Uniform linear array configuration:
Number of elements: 4
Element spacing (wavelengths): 1
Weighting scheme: hann
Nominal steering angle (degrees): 45
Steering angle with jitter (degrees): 43.645
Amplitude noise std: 0.05
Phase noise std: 0.05

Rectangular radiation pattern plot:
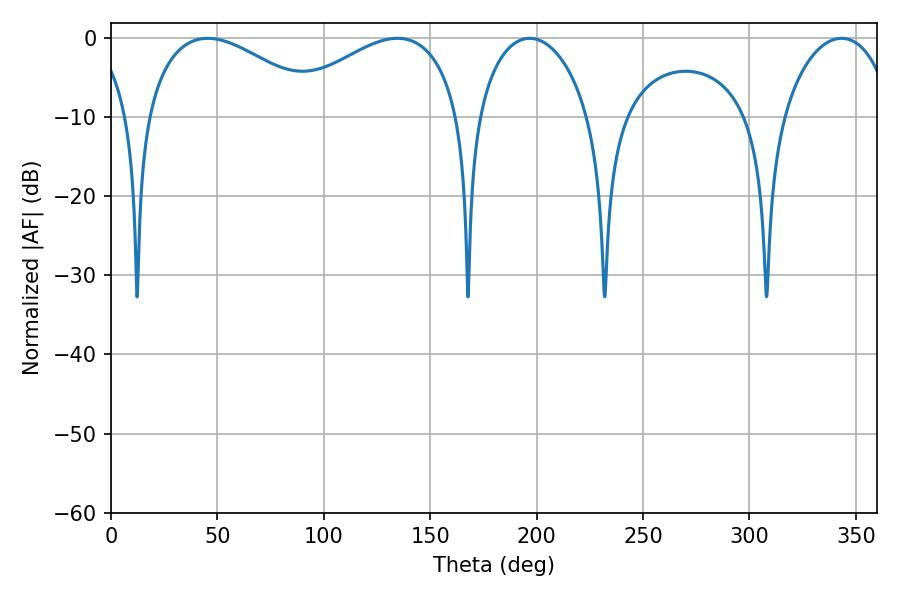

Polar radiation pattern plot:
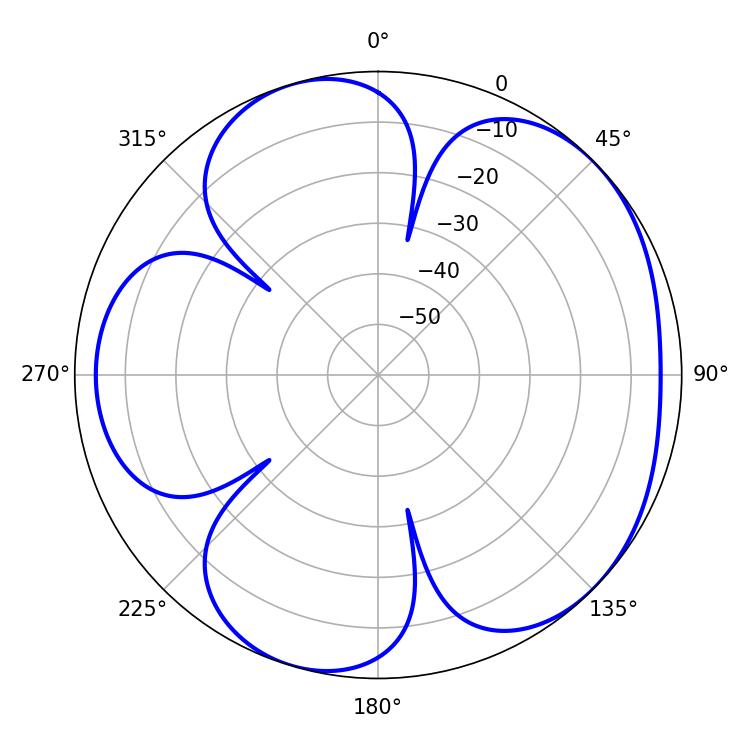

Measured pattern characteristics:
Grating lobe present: TRUE
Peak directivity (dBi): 4.893
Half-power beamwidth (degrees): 30.24
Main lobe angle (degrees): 196.74